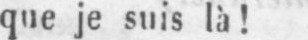
que je suis là!